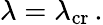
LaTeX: \lambda=\lambda_{\mathrm{cr}}\, .